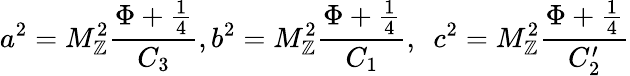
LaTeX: a^{2}=M_{\mathbb{Z}}^{2}\frac{{\Phi+\frac{{1}}{{4}}}}{{C_{3}}},b^{2}=M_{\mathbb{Z}}^{2}\frac{{\Phi+\frac{{1}}{{4}}}}{{C_{1}}},~~c^{2}=M_{\mathbb{Z}}^{2}\frac{{\Phi+\frac{{1}}{{4}}}}{{C_{2}^{\prime}}}